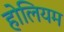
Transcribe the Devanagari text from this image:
होलियम